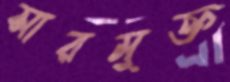
সারমুক্ত